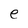
Character: e